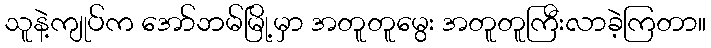
သူနဲ့ကျုပ်က အော်ဘမ်မြို့မှာ အတူတူမွေး အတူတူကြီးလာခဲ့ကြတာ။